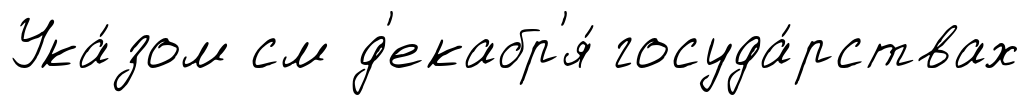
Ука́зом см д'екабр'я́ госуда́рствах